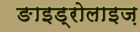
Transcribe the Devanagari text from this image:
ङाइड्रोलाइज़